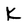
Character: K